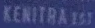
KENITRA1ST